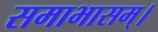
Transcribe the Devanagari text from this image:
समाभासम्।